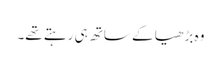
وہ بڑھیا کے ساتھ ہی رہتے تھے۔